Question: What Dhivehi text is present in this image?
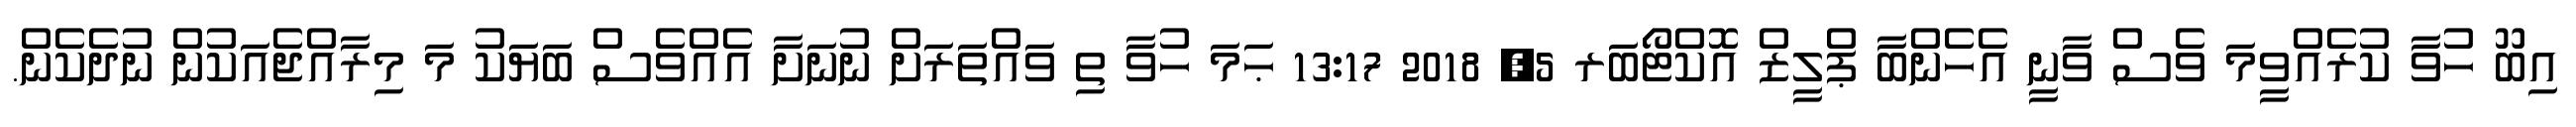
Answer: އިބޫ ހުވާ ކުރެއްވީމަ ވެސް ވާނީ އެހެންބާ ޕްލީޒް އޮކްޓޯބަރ 5, 2018 13:17 ޙަމަ ހުވާ ތި ވައްތަރަށް ނުނަށާ އެއްވެސް ބަޔަކު މަ މިރާއްޖެއަކުން ނުދެކެން.